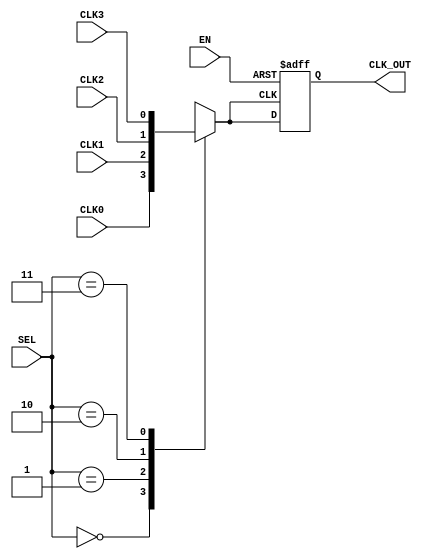
module ClockMultiplexerBuffer (
    input wire CLK0,        // Clock input 0
    input wire CLK1,        // Clock input 1
    input wire CLK2,        // Clock input 2
    input wire CLK3,        // Clock input 3
    input wire [1:0] SEL,   // Selection input (2 bits for 4 clocks)
    input wire EN,          // Enable input
    output reg CLK_OUT      // Buffered output clock
);

// Internal signal to hold the selected clock
reg selected_clk;

// Always block to select the clock based on SEL
always @(*) begin
    case (SEL)
        2'b00: selected_clk = CLK0;
        2'b01: selected_clk = CLK1;
        2'b10: selected_clk = CLK2;
        2'b11: selected_clk = CLK3;
        default: selected_clk = 1'b0; // Default case (should not occur)
    endcase
end

// Always block to buffer the selected clock
always @(posedge selected_clk or negedge EN) begin
    if (!EN) begin
        CLK_OUT <= 1'b0; // Hold output low when disabled
    end else begin
        CLK_OUT <= selected_clk; // Buffer the selected clock
    end
end

endmodule